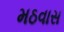
મઠવાસ